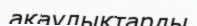
ақаулықтарды